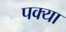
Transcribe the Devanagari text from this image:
पक्या